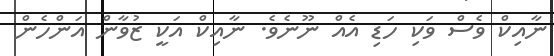
ނާއިކް ވެސް ވަކި ހަޑި އެއް ނޫނެވެ. ނާއިކް އަކީ ޒުވާން އަންހެން